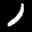
Label: 1